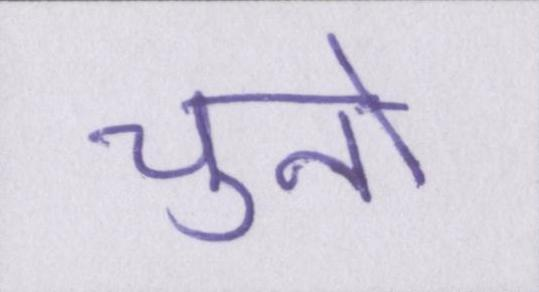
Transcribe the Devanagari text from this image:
चुनो